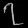
Digit: ၇